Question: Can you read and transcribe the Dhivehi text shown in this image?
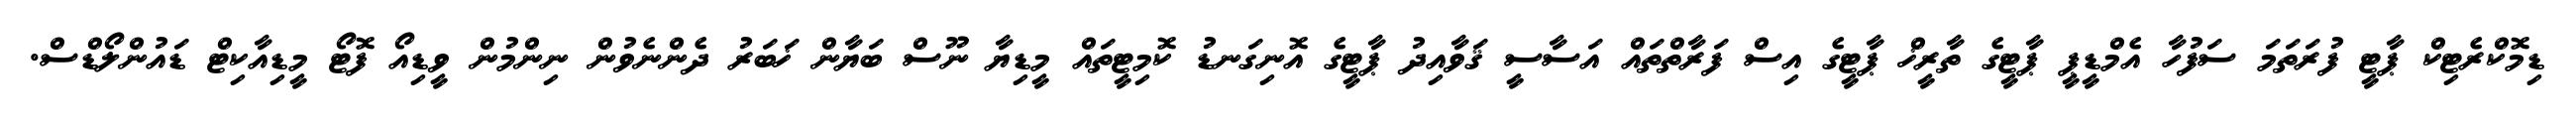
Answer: ޑިމޮކްރެޓިކް ޕާޓީ ފުރަތަމަ ސަފުހާ އެމްޑީޕީ ޕާޓީގެ ތާރީޚް ޕާޓީގެ އިސް ފަރާތްތައް އަސާސީ ޤަވާއިދު ޕާޓީގެ އޮނިގަނޑު ކޮމިޓީތައް މީޑިޔާ ނޫސް ބަޔާން ޚަބަރު ދެންނެވުން ނިންމުން ވީޑިއޯ ފޮޓޯ މީޑިއާކިޓް ޑައުންލޯޑްސް.